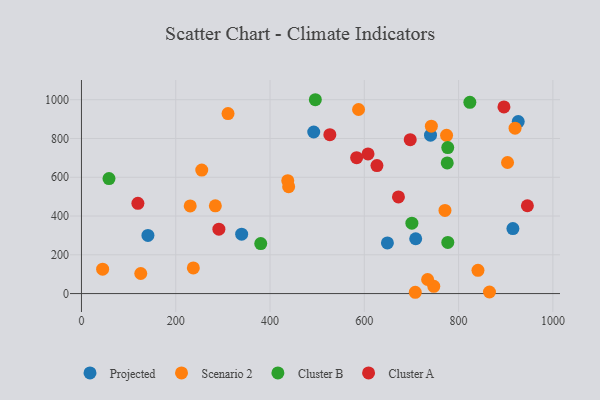
{"axis": {"x": "Speed", "y": "Profit"}, "legend": ["Cluster A", "Cluster B", "Projected", "Scenario 2"], "data": [{"x": "926.5", "y": 887.4, "type": "Projected"}, {"x": "492.7", "y": 833.5, "type": "Projected"}, {"x": "141.0", "y": 299.8, "type": "Projected"}, {"x": "915.2", "y": 335.5, "type": "Projected"}, {"x": "740.4", "y": 817.3, "type": "Projected"}, {"x": "339.8", "y": 306.5, "type": "Projected"}, {"x": "649.0", "y": 261.1, "type": "Projected"}, {"x": "709.0", "y": 282.7, "type": "Projected"}, {"x": "125.8", "y": 103.6, "type": "Scenario 2"}, {"x": "284.0", "y": 452.4, "type": "Scenario 2"}, {"x": "439.5", "y": 551.4, "type": "Scenario 2"}, {"x": "587.8", "y": 949.6, "type": "Scenario 2"}, {"x": "742.2", "y": 863.3, "type": "Scenario 2"}, {"x": "774.5", "y": 816.1, "type": "Scenario 2"}, {"x": "44.9", "y": 125.9, "type": "Scenario 2"}, {"x": "437.6", "y": 582.6, "type": "Scenario 2"}, {"x": "919.8", "y": 853.3, "type": "Scenario 2"}, {"x": "310.9", "y": 928.4, "type": "Scenario 2"}, {"x": "230.7", "y": 452.2, "type": "Scenario 2"}, {"x": "865.5", "y": 8.2, "type": "Scenario 2"}, {"x": "708.1", "y": 6.7, "type": "Scenario 2"}, {"x": "841.1", "y": 119.7, "type": "Scenario 2"}, {"x": "237.3", "y": 132.5, "type": "Scenario 2"}, {"x": "747.4", "y": 37.4, "type": "Scenario 2"}, {"x": "255.2", "y": 637.2, "type": "Scenario 2"}, {"x": "734.3", "y": 72.6, "type": "Scenario 2"}, {"x": "903.8", "y": 676.1, "type": "Scenario 2"}, {"x": "771.1", "y": 429.0, "type": "Scenario 2"}, {"x": "775.9", "y": 673.8, "type": "Cluster B"}, {"x": "700.9", "y": 363.1, "type": "Cluster B"}, {"x": "823.9", "y": 986.6, "type": "Cluster B"}, {"x": "777.1", "y": 263.6, "type": "Cluster B"}, {"x": "496.1", "y": 999.9, "type": "Cluster B"}, {"x": "58.4", "y": 593.4, "type": "Cluster B"}, {"x": "777.0", "y": 753.1, "type": "Cluster B"}, {"x": "380.3", "y": 257.7, "type": "Cluster B"}, {"x": "291.5", "y": 332.2, "type": "Cluster A"}, {"x": "672.4", "y": 498.3, "type": "Cluster A"}, {"x": "896.2", "y": 962.8, "type": "Cluster A"}, {"x": "583.7", "y": 700.9, "type": "Cluster A"}, {"x": "945.9", "y": 453.0, "type": "Cluster A"}, {"x": "119.7", "y": 465.5, "type": "Cluster A"}, {"x": "526.9", "y": 819.7, "type": "Cluster A"}, {"x": "626.8", "y": 660.1, "type": "Cluster A"}, {"x": "697.4", "y": 793.9, "type": "Cluster A"}, {"x": "607.9", "y": 720.5, "type": "Cluster A"}]}